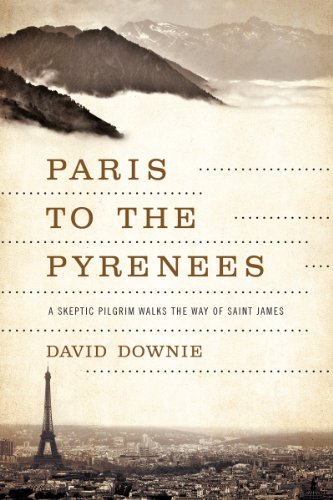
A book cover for Paris to the Pyrenees: A Skeptic Pilgrim Walks the Way of Saint James; David Downie; Religion & Spirituality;